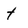
Character: t